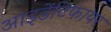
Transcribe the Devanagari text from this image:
आइडेंटिफायर